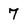
Character: 7